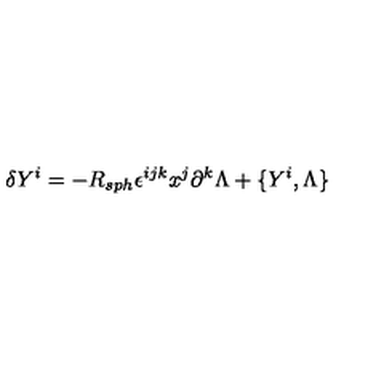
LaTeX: \delta Y ^ { i } = - R _ { s p h } \epsilon ^ { i j k } x ^ { j } \partial ^ { k } \Lambda + \{ Y ^ { i } , \Lambda \}